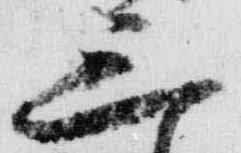
三